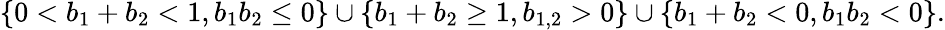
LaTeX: \left\{ 0<b_{1}+b_{2}<1,b_{1}b_{2}\leq 0\right\} \cup\left\{ b_{1}+b_{2}\geq 1,b_{1,2}>0\right\} \cup\left\{ b_{1}+b_{2}<0,b_{1}b_{2}<0\right\} .